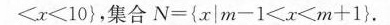
<x<10},集合 N={x|m-1<x<m+1}.